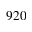
9 2 0